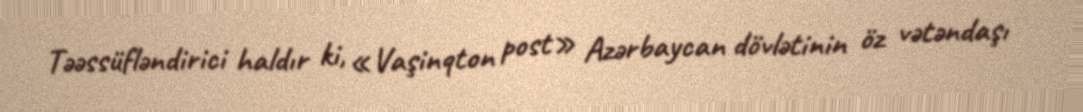
Təəssüfləndirici haldır ki, «Vaşinqton post» Azərbaycan dövlətinin öz vətəndaşı